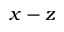
x - z